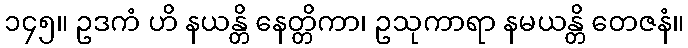
၁၄၅။ ဥဒကံ ဟိ နယန္တိ နေတ္တိကာ၊ ဥသုကာရာ နမယန္တိ တေဇနံ။